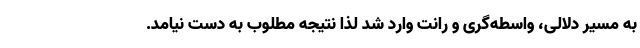
به مسیر دلالی، واسطه‌گری و رانت وارد شد لذا نتیجه مطلوب به دست نیامد.